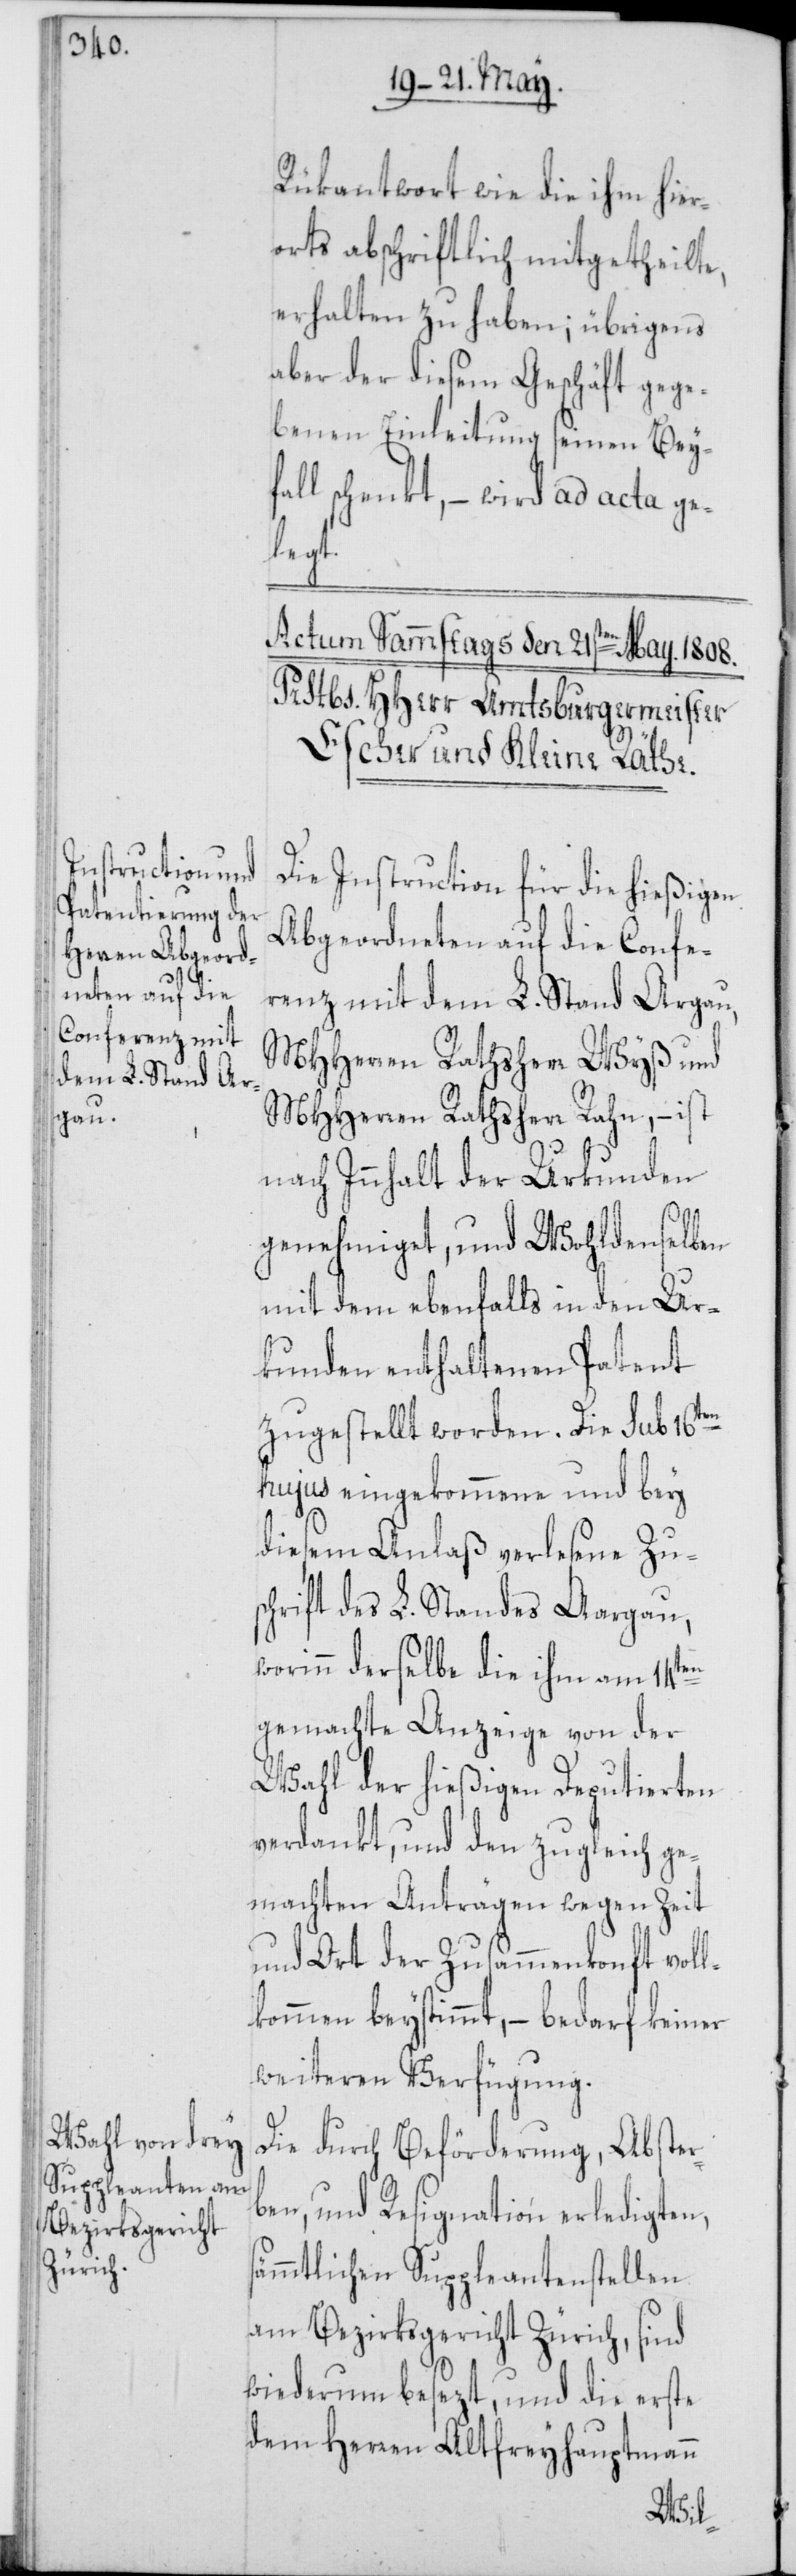
Rükantwort wie die ihm hier¬
orts abschriftlich mitgetheilte,
erhalten zu haben; übrigens
aber der diesem Geschäft gege¬
benen Einleitung seinen Bey¬
fall schenkt, – wird ad acta ge¬
legt.
Die Instruction für die hießigen
Abgeordneten auf die Confe¬
renz mit dem L. Stand Argau,
MHHerren Rathsherr Wyß und
MHHerren Rathsherr Rahn, – ist
nach Innhalt der Urkunden
s¬
genehmiget, und Wohldenselben
mit dem ebenfalls in den Ur¬
kunden enthaltenen Patent
zugestellt worden. Die sub 16ten
hujus eingekommene und bey
diesem Anlaß verlesene Zu¬
schrift des L. Standes Aargau,
worinn derselbe die ihm am 14ten
gemachte Anzeige von der
Wahl der hießigen Deputierten
verdankt, und den zugleich ge¬
machten Anträgen wegen Zeit
und Ort der Zusammenkonft voll¬
kommen beystimmt, – bedarf keiner
weiteren Verfügung.
Die durch Beförderung, Abster¬
ben, und Resignation erledigten,
ämmtlichen Suppleantenstellen
am Bezirksgericht Zürich, sind
wiederum besezt, und die erste
dem Herren Altfreyhauptmann